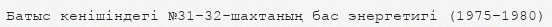
Батыс кенішіндегі №31–32-шахтаның бас энергетигі (1975–1980)